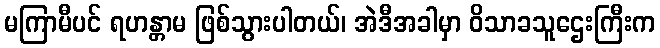
မကြာမီပင် ရဟန္တာမ ဖြစ်သွားပါတယ်၊ အဲဒီအခါမှာ ဝိသာခသူဌေးကြီးက